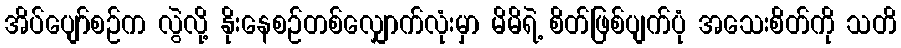
အိပ်ပျော်စဉ်က လွဲလို့ နိုးနေစဉ်တစ်လျှောက်လုံးမှာ မိမိရဲ့ စိတ်ဖြစ်ပျက်ပုံ အသေးစိတ်ကို သတိ